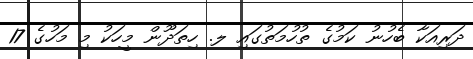
ދަރިއަކާ ބެހުނު ކަމުގެ ތުހުމަތުގައި ލ. ހިތަދޫން މީހަކު މި މަހުގެ 17